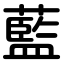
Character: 藍